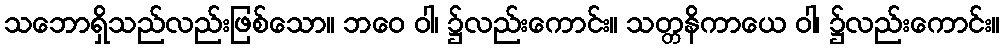
သဘောရှိသည်လည်းဖြစ်သော။ ဘဝေ ဝါ၊ ၌လည်းကောင်း။ သတ္တနိကာယေ ဝါ၊ ၌လည်းကောင်း။